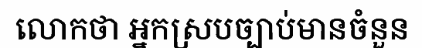
លោកថា អ្នកស្របច្បាប់មានចំនួន